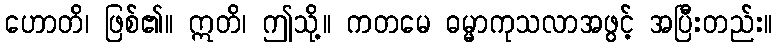
ဟောတိ၊ ဖြစ်၏။ ဣတိ၊ ဤသို့။ ကတမေ ဓမ္မာကုသလာအဖွင့် အပြီးတည်း။